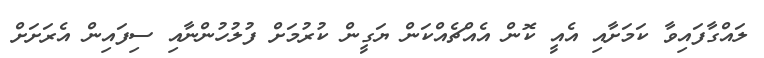
ލައްގާފައިވާ ކަމަށާއި އެއީ ކޮން އެއްޗެއްކަން ޔަގީން ކުރުމަށް ފުލުހުންނާއި ސިފައިން އެރަށަށް